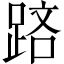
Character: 𨁮